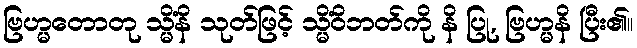
ဗြဟ္မတောတု သ္မိံနိ သုတ်ဖြင့် သ္မိံဝိဘတ်ကို နိ ပြု, ဗြဟ္မနိ ပြီး၏။